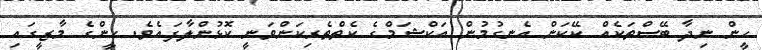
ހީން ނިދާ ބޭސްތަކެއް ކޭކަން އެނގުމުން އަކްޝަމްގެ ކެތްތެރިކަންވަނީ ކޮޅުންލާފައެވެ. ހީންގެ މާޒީގައި